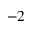
^ { - 2 }